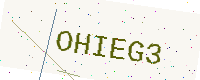
Text: OHIEG3